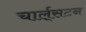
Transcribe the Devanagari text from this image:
चार्ल्‌सटन